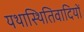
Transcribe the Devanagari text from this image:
यथास्थितिवादियों